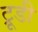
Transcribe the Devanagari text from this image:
ट्रूडी